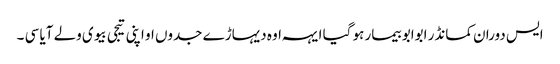
ایس دوران کمانڈر ابوابو بیمار ہو گیا ایہہ اوہ دیہاڑے جدوں او اپنی تیجی بیوی ولے آیا سی ۔